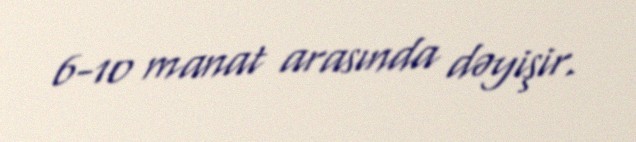
6-10 manat arasında dəyişir.